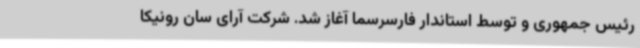
رئیس جمهوری و توسط استاندار فارسرسما آغاز شد. شرکت آرای سان رونیکا